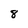
Character: 8